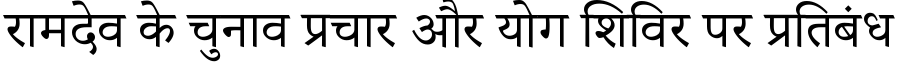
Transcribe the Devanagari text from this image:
रामदेव के चुनाव प्रचार और योग शिविर पर प्रतिबंध